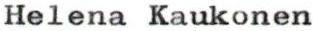
Helena Kaukonen